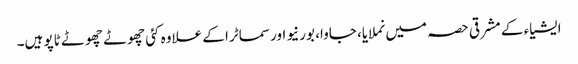
ایشیاء کے مشرقی حصہ میں نملایا، جاوا، بورنیو اور سماٹرا کے علاوہ کئی چھوٹے چھوٹے ٹاپو ہیں۔